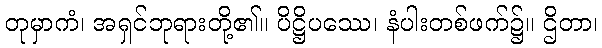
တုမှာကံ၊ အရှင်ဘုရားတို့၏။ ပိဋ္ဌိပဿေ၊ နံပါးတစ်ဖက်၌။ ဌိတာ၊